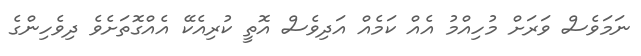
ނަމަވެސް ވަރަށް މުހިއްމު އެއް ކަމެއް އަދިވެސް އޮތީ ކުރިއެކޭ އެއްގޮތަށެވެ ދިވެހިންގެ